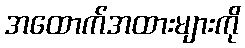
အထောက်အထားများကို